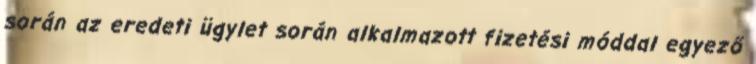
során az eredeti ügylet során alkalmazott fizetési móddal egyező